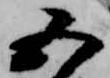
五